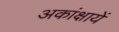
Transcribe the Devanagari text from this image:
अकांक्षायें